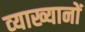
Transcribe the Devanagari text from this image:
व्‍याख्‍यानों